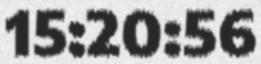
15:20:56